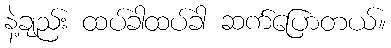
နဲ့ချည်း ထပ်ခါထပ်ခါ ဆက်ပြောတယ်။